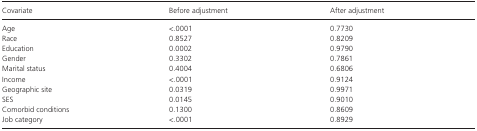
<table><thead><tr><td><b>Covariate</b></td><td><b>Before adjustment</b></td><td><b>After adjustment</b></td></tr></thead><tbody><tr><td>Age</td><td>&lt;.0001</td><td>0.7730</td></tr><tr><td>Race</td><td>0.8527</td><td>0.8209</td></tr><tr><td>Education</td><td>0.0002</td><td>0.9790</td></tr><tr><td>Gender</td><td>0.3302</td><td>0.7861</td></tr><tr><td>Marital status</td><td>0.4004</td><td>0.6806</td></tr><tr><td>Income</td><td>&lt;.0001</td><td>0.9124</td></tr><tr><td>Geographic site</td><td>0.0319</td><td>0.9971</td></tr><tr><td>SES</td><td>0.0145</td><td>0.9010</td></tr><tr><td>Comorbid conditions</td><td>0.1300</td><td>0.8609</td></tr><tr><td>Job category</td><td>&lt;.0001</td><td>0.8929</td></tr></tbody></table>